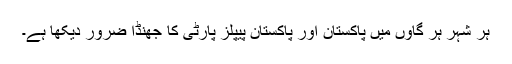
ہر شہر ہر گاؤں میں پاکستان اور پاکستان پیپلز پارٹی کا جھنڈا ضرور دیکھا ہے۔